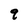
Character: 9